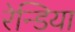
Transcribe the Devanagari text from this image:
रेन्डिया